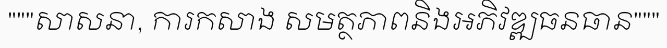
"""សាសនា, ការកសាង សមត្ថភាពនិងអភិវឌ្ឍធនធាន"""